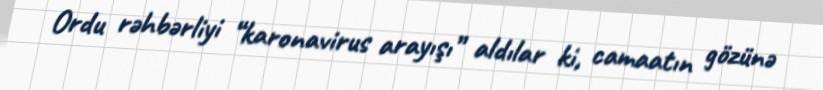
Ordu rəhbərliyi “karonavirus arayışı” aldılar ki, camaatın gözünə